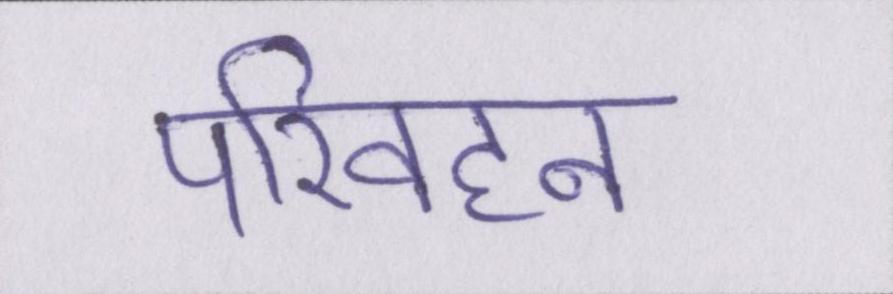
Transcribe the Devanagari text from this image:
परिवहन